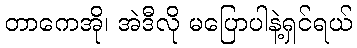
တာကေအို၊ အဲဒီလို မပြောပါနဲ့ရှင်ရယ်